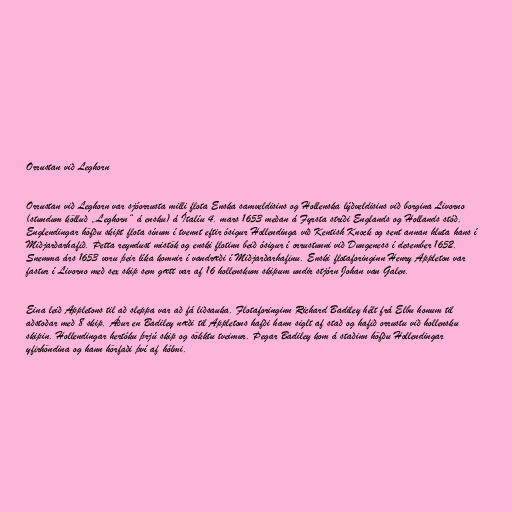
Orrustan við Leghorn

Orrustan við Leghorn var sjóorrusta milli flota Enska samveldisins og Hollenska lýðveldisins við borgina Livorno
(stundum kölluð „Leghorn“ á ensku) á Ítalíu 4. mars 1653 meðan á Fyrsta stríði Englands og Hollands stóð.
Englendingar höfðu skipt flota sínum í tvennt eftir ósigur Hollendinga við Kentish Knock og sent annan hluta hans í
Miðjarðarhafið. Þetta reyndust mistök og enski flotinn beið ósigur í orrustunni við Dungeness í desember 1652.
Snemma árs 1653 voru þeir líka komnir í vandræði í Miðjarðarhafinu. Enski flotaforinginn Henry Appleton var
fastur í Livorno með sex skip sem gætt var af 16 hollenskum skipum undir stjórn Johan van Galen.

Eina leið Appletons til að sleppa var að fá liðsauka. Flotaforinginn Richard Badiley hélt frá Elbu honum til
aðstoðar með 8 skip. Áður en Badiley næði til Appletons hafði hann siglt af stað og hafið orrustu við hollensku
skipin. Hollendingar hertóku þrjú skip og sökktu tveimur. Þegar Badiley kom á staðinn höfðu Hollendingar
yfirhöndina og hann hörfaði því af hólmi.